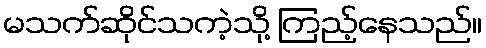
မသက်ဆိုင်သကဲ့သို့ ကြည့်နေသည်။